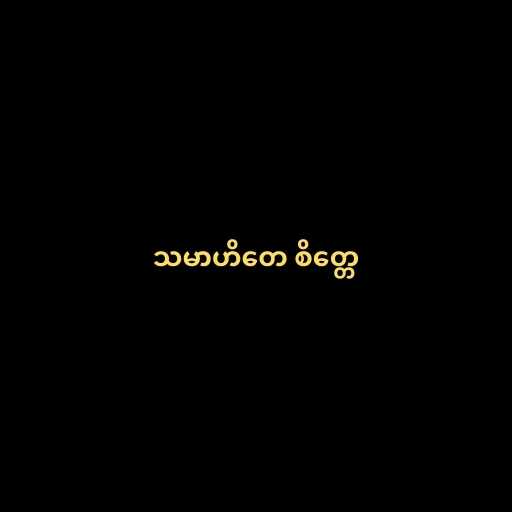
သမာဟိတေ စိတ္တေ